Peeter_Aleksander_Speek, lk 15
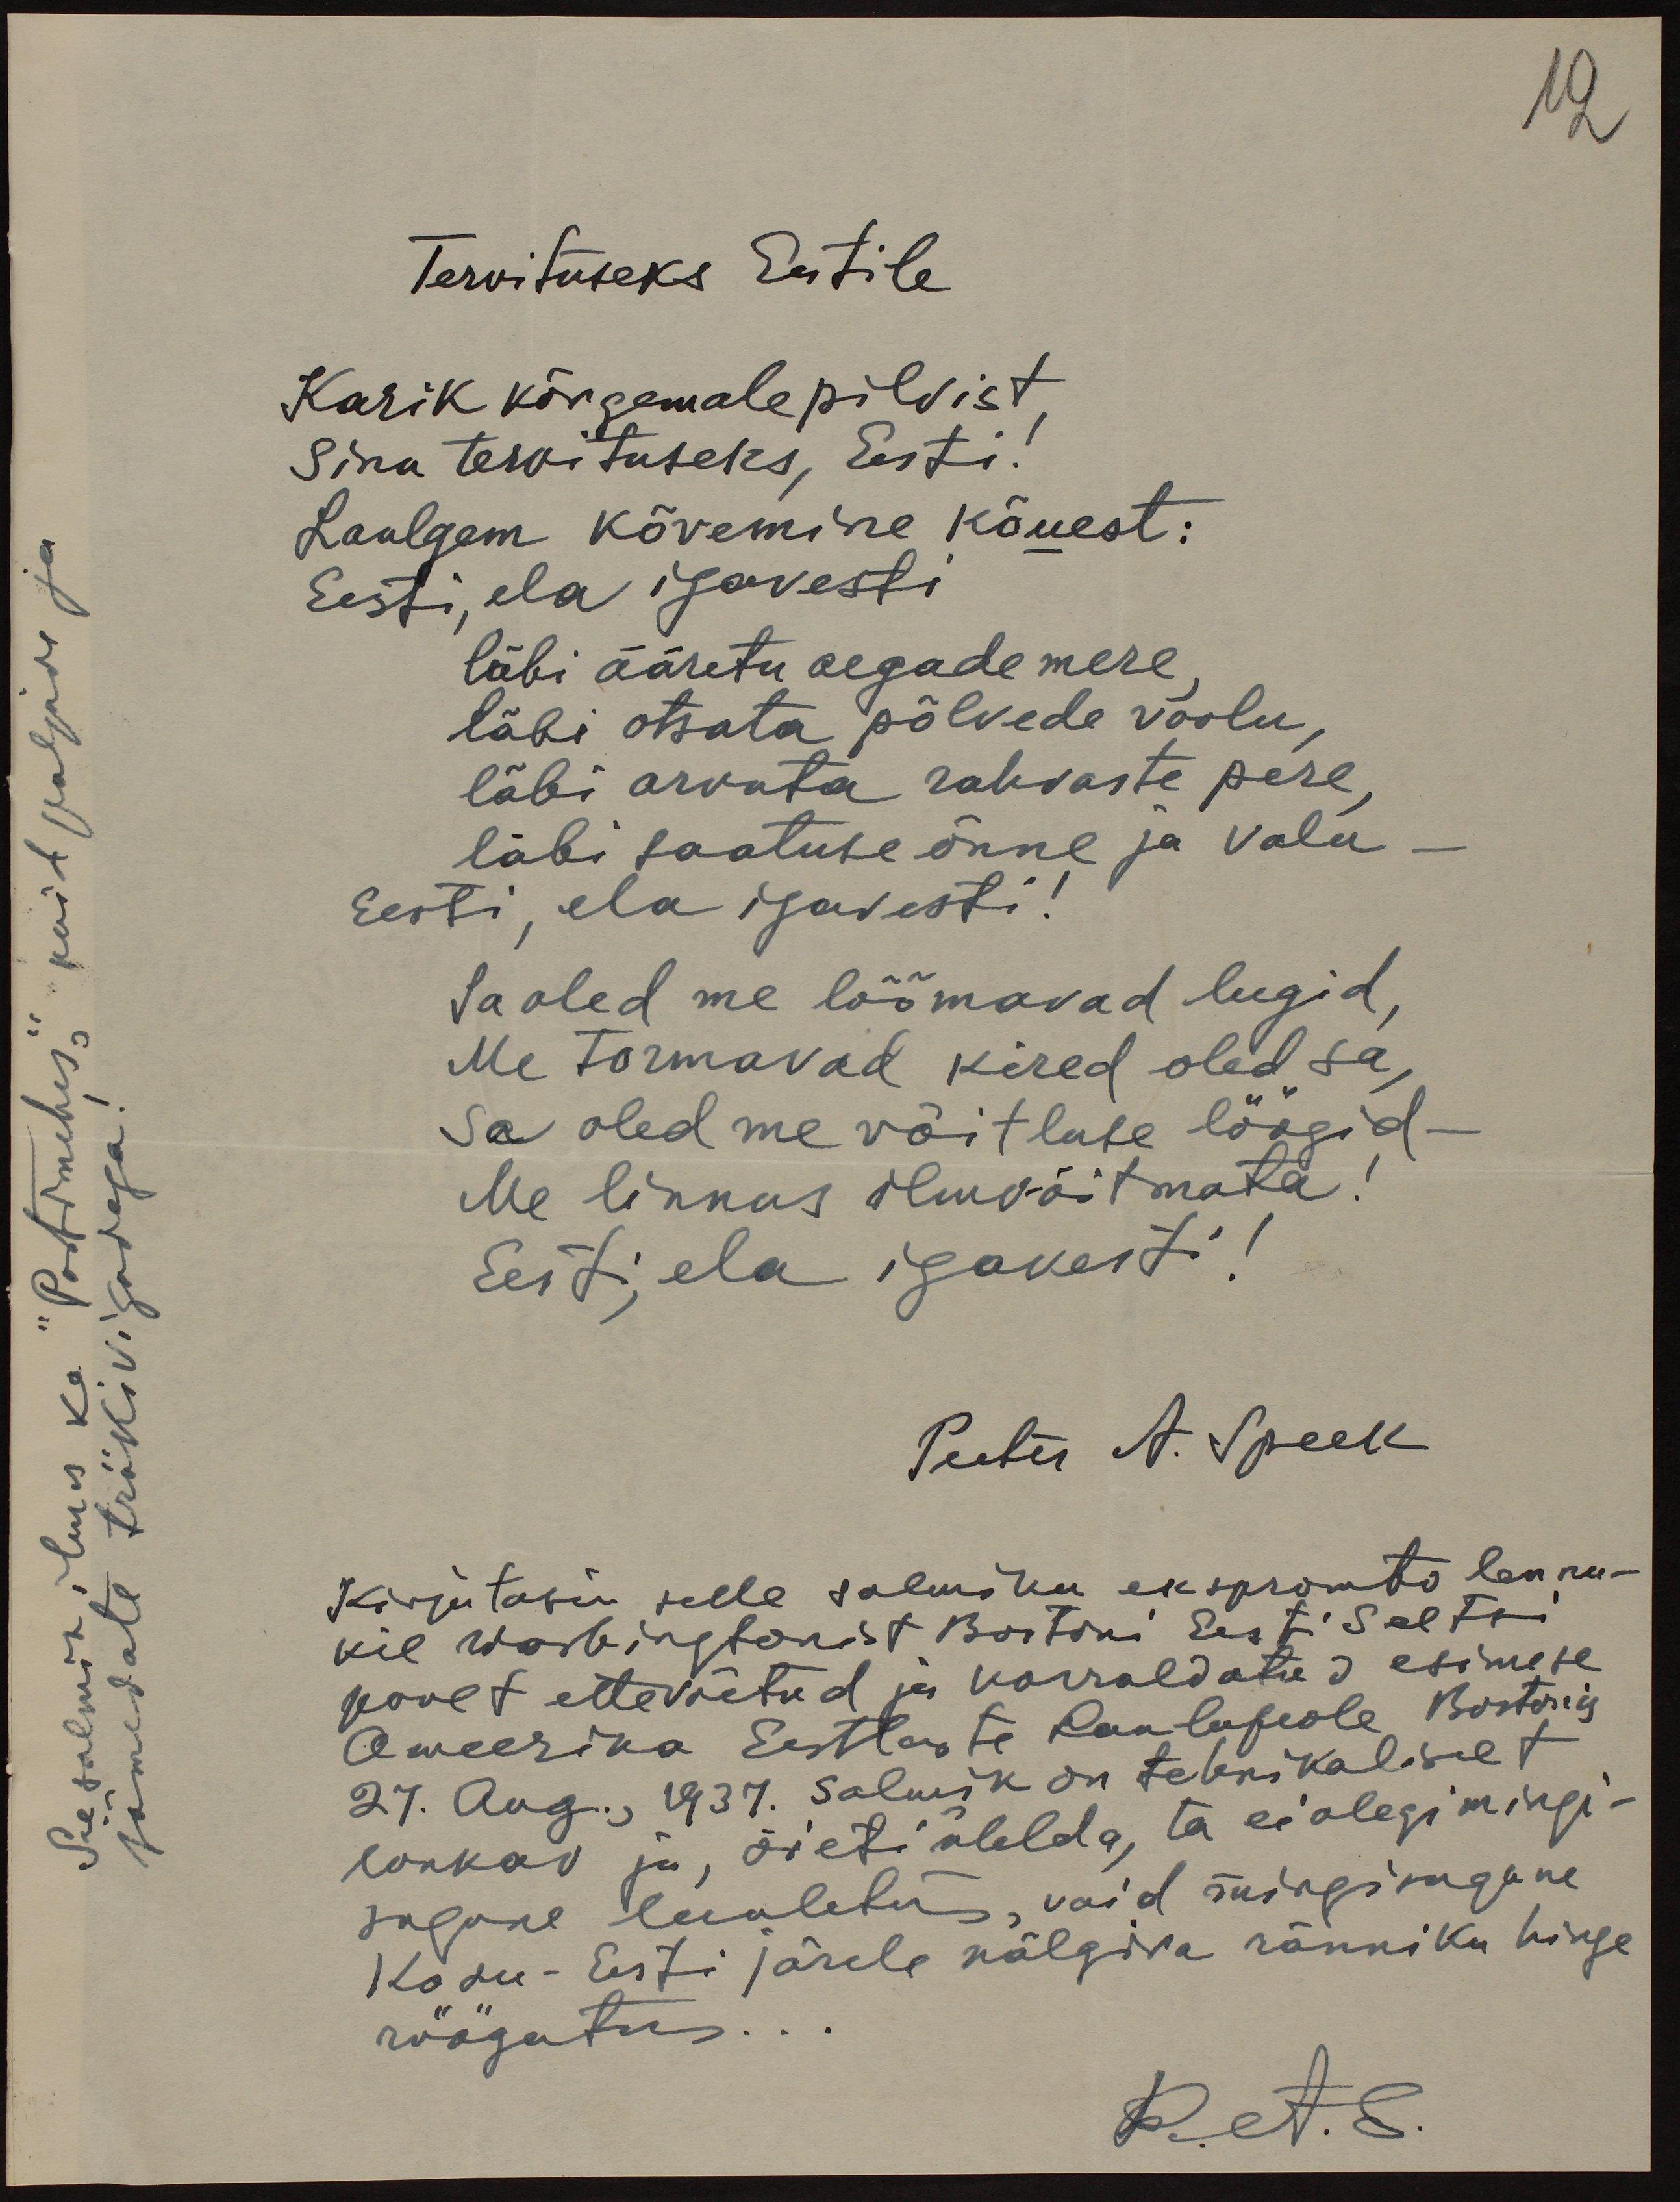
Se salm ilmus ka "Postimehes" kuit paljane
jämedate trükivigadega!

Tervituseks Eestile
Karik kõrgemale pilvist
Sina tervituseks, Eesti!
Laulgem kõvemine kõuest:
Eesti, ela igavesti
läbi ääretu aegade mere
läbi otsata põlvede voolu,
läbi arvata rahvaste pere,
läbi saatuse õnne ja valu
Eesti, ela igavesti!
Sa oled me lõõmavad leegid,
Me tormavad kired oled sa,
Sa oled me võitluse löögid.
Me linnus ilmvõitmata!
Eesti, ela igavest!
Peeter A. Speek
Kirjutasin selle salmiku ekspromto lennu-
kil Washingtonist Bostoni Eesti Seltsi
poolt ettevõetud ja korraldatud esimese
Ameerika Eestlaste laulupeole Bostonis
27. Aug. 1937. Salmik on tehnikaliselt
lonkav ju, õieti öelda, ta ei olegi mingi-
sugune luuletu, vaid mingisugune
Kodu-Eesti järele nälgiva ränniku hinge
röögatus...
Pets